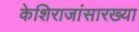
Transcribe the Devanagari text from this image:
केशिराजांसारख्या